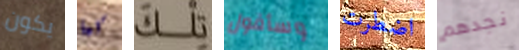
يكون كما تلك وسأقول اضطرت نجدهم